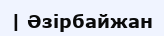
| Әзірбайжан